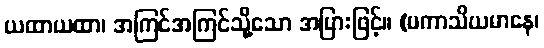
ယထာယထာ၊ အကြင်အကြင်သို့သော အပြားဖြင့်။ (ပကာသိယမာနေ၊